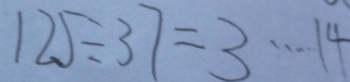
1 2 5 \div 3 7 = 3 \cdots 1 4